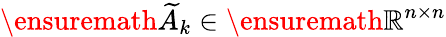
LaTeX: \ensuremath{\widetilde{A}}_{k}\in\ensuremath{\mathbb{R}}^{n\times n}